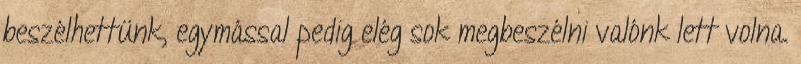
beszélhettünk, egymással pedig elég sok megbeszélni valónk lett volna.